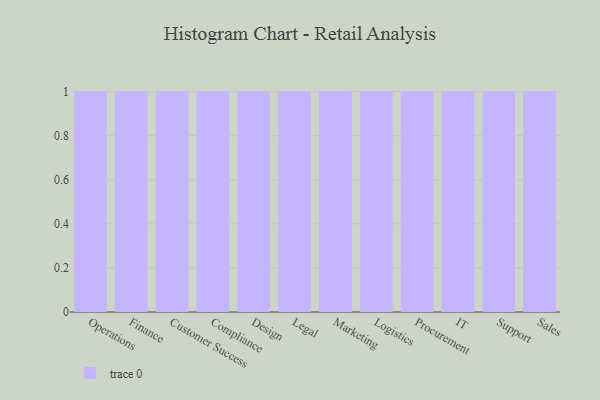
{"axis": {"x": "Department", "y": "Inventory Turnover"}, "legend": [""], "data": [{"x": "Operations", "y": 46, "type": ""}, {"x": "Finance", "y": 59, "type": ""}, {"x": "Customer Success", "y": 86, "type": ""}, {"x": "Compliance", "y": 22, "type": ""}, {"x": "Design", "y": 87, "type": ""}, {"x": "Legal", "y": 47, "type": ""}, {"x": "Marketing", "y": 33, "type": ""}, {"x": "Logistics", "y": 18, "type": ""}, {"x": "Procurement", "y": 97, "type": ""}, {"x": "IT", "y": 9, "type": ""}, {"x": "Support", "y": 5, "type": ""}, {"x": "Sales", "y": 48, "type": ""}]}